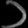
Digit: ၁